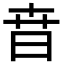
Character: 㫩